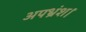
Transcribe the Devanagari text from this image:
अपभ्रंश।